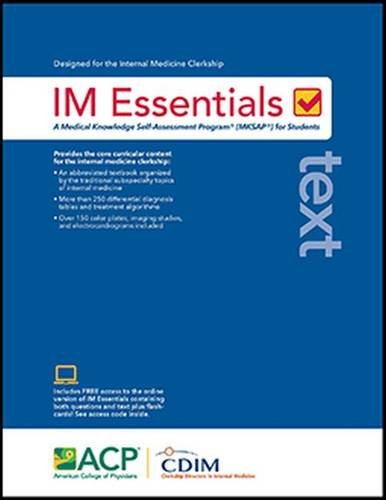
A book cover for IM Essentials Text; The American College of Physicians; Test Preparation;